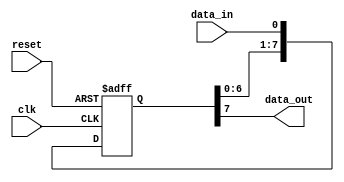
module buffer_delay (
    input wire clk,
    input wire reset,
    input wire data_in,
    output reg data_out
);

reg [7:0] shift_reg;

always @(posedge clk or posedge reset) begin
    if (reset) begin
        shift_reg <= 8'b0;
    end else begin
        shift_reg <= {shift_reg[6:0], data_in};
    end
end

always @* begin
    data_out = shift_reg[7];
end

endmodule